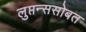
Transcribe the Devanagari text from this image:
लुप्तन्ससोबत